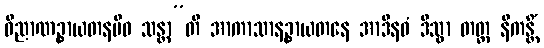
ဝိညာဏဉ္စာယတနမိဝ သန္တာ”တိ အာကာသာနဉ္စာယတနေ အာဒီနဝံ ဒိသွာ တတ္ထ နိကန္တိံ